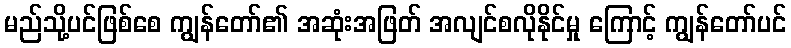
မည်သို့ပင်ဖြစ်စေ ကျွန်တော်၏ အဆုံးအဖြတ် အလျင်စလိုနိုင်မှု ကြောင့် ကျွန်တော်ပင်